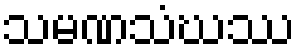
သမဏသံဃဿ